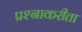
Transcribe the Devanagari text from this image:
प्रश्नाकरीता